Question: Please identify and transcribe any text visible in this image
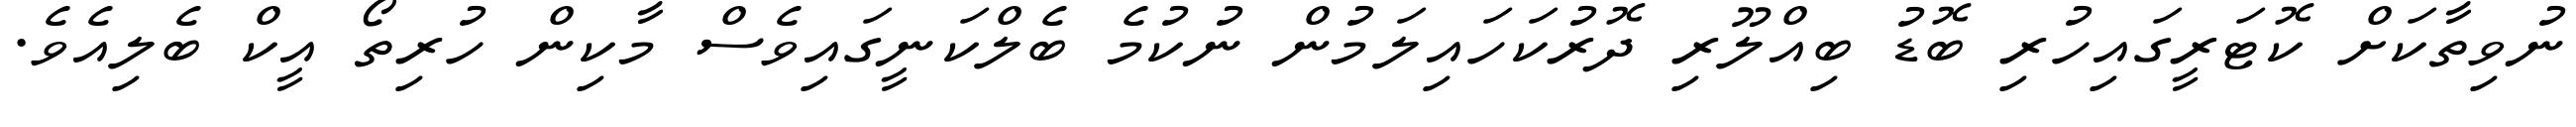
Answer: ނުވިތާކަށް ކޮޓަރީގައިހުރި ބޮޑު ބިއްލޫރި ދޮރުކަހައިލަމުން ނުކުމެ ބެލްކަނީގައިވެސް މާކިން ހުރިތޯ އީކް ބެލިއެވެ.